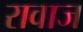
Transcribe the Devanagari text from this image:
रावाज